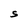
Character: S